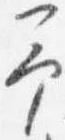
予